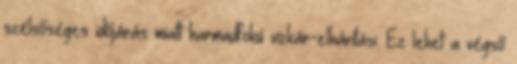
szélsőséges időjárás miatt harmadfokú vízkár-elhárítási. Ez lehet a végső